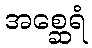
အစ္ဆေရံ